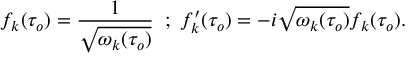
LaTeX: f _ { k } ( \tau _ { o } ) = \frac { 1 } { \sqrt { \omega _ { k } ( \tau _ { o } ) } } \; \; ; \; f _ { k } ^ { \prime } ( \tau _ { o } ) = - i \sqrt { \omega _ { k } ( \tau _ { o } ) } f _ { k } ( \tau _ { o } ) .